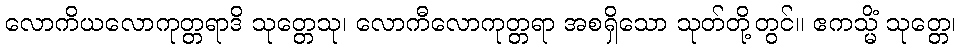
လောကိယလောကုတ္တရာဒိ သုတ္တေသု၊ လောကီလောကုတ္တရာ အစရှိသော သုတ်တို့တွင်။ ဧကသ္မိံ သုတ္တေ၊